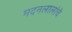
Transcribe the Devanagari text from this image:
मदनलालांचे